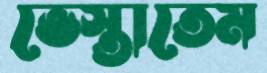
ভেস্তাতেম